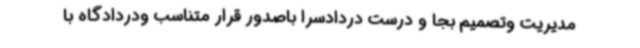
مدیریت وتصمیم بجا و درست دردادسرا باصدور قرار متناسب ودردادگاه با